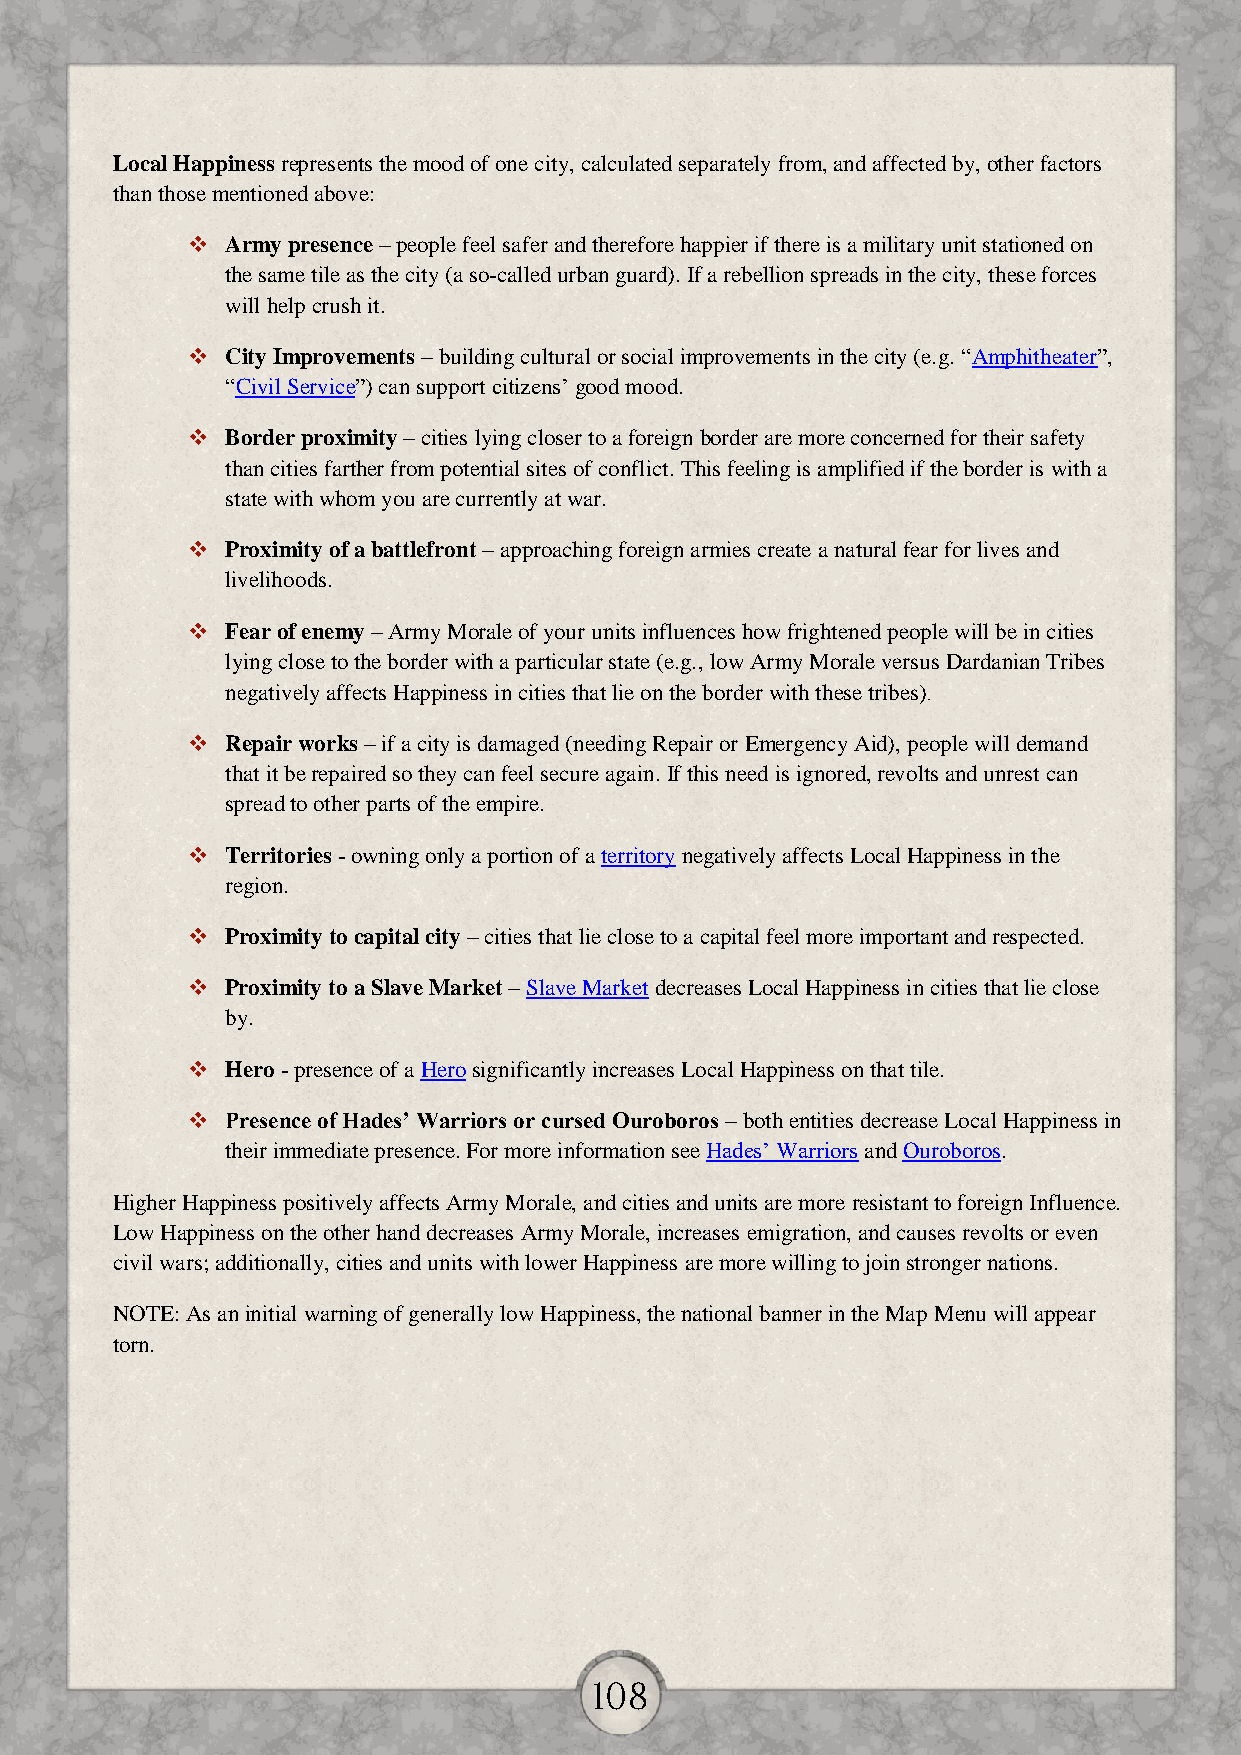
Local Happiness represents the mood of one city, calculated separately from, and affected by, other factors
 than those mentioned above:
   Army presence – people feel safer and therefore happier if there is a military unit stationed on
 the same tile as the city (a so-called urban guard). If a rebellion spreads in the city, these forces
 will help crush it.
   City Improvements – building cultural or social improvements in the city (e.g. “Amphitheater”,
 “Civil Service”) can support citizens’ good mood.
   Border proximity – cities lying closer to a foreign border are more concerned for their safety
 than cities farther from potential sites of conflict. This feeling is amplified if the border is with a
 state with whom you are currently at war.
   Proximity of a battlefront – approaching foreign armies create a natural fear for lives and
 livelihoods.
   Fear of enemy – Army Morale of your units influences how frightened people will be in cities
 lying close to the border with a particular state (e.g., low Army Morale versus Dardanian Tribes
 negatively affects Happiness in cities that lie on the border with these tribes).
   Repair works – if a city is damaged (needing Repair or Emergency Aid), people will demand
 that it be repaired so they can feel secure again. If this need is ignored, revolts and unrest can
 spread to other parts of the empire.
   Territories - owning only a portion of a territory negatively affects Local Happiness in the
 region.
   Proximity to capital city – cities that lie close to a capital feel more important and respected.
   Proximity to a Slave Market – Slave Market decreases Local Happiness in cities that lie close
 by.
   Hero - presence of a Hero significantly increases Local Happiness on that tile.
   Presence of Hades’ Warriors or cursed Ouroboros – both entities decrease Local Happiness in
 their immediate presence. For more information see Hades’ Warriors and Ouroboros.
 Higher Happiness positively affects Army Morale, and cities and units are more resistant to foreign Influence.
 Low Happiness on the other hand decreases Army Morale, increases emigration, and causes revolts or even
 civil wars; additionally, cities and units with lower Happiness are more willing to join stronger nations.
 NOTE: As an initial warning of generally low Happiness, the national banner in the Map Menu will appear
 torn.
 108